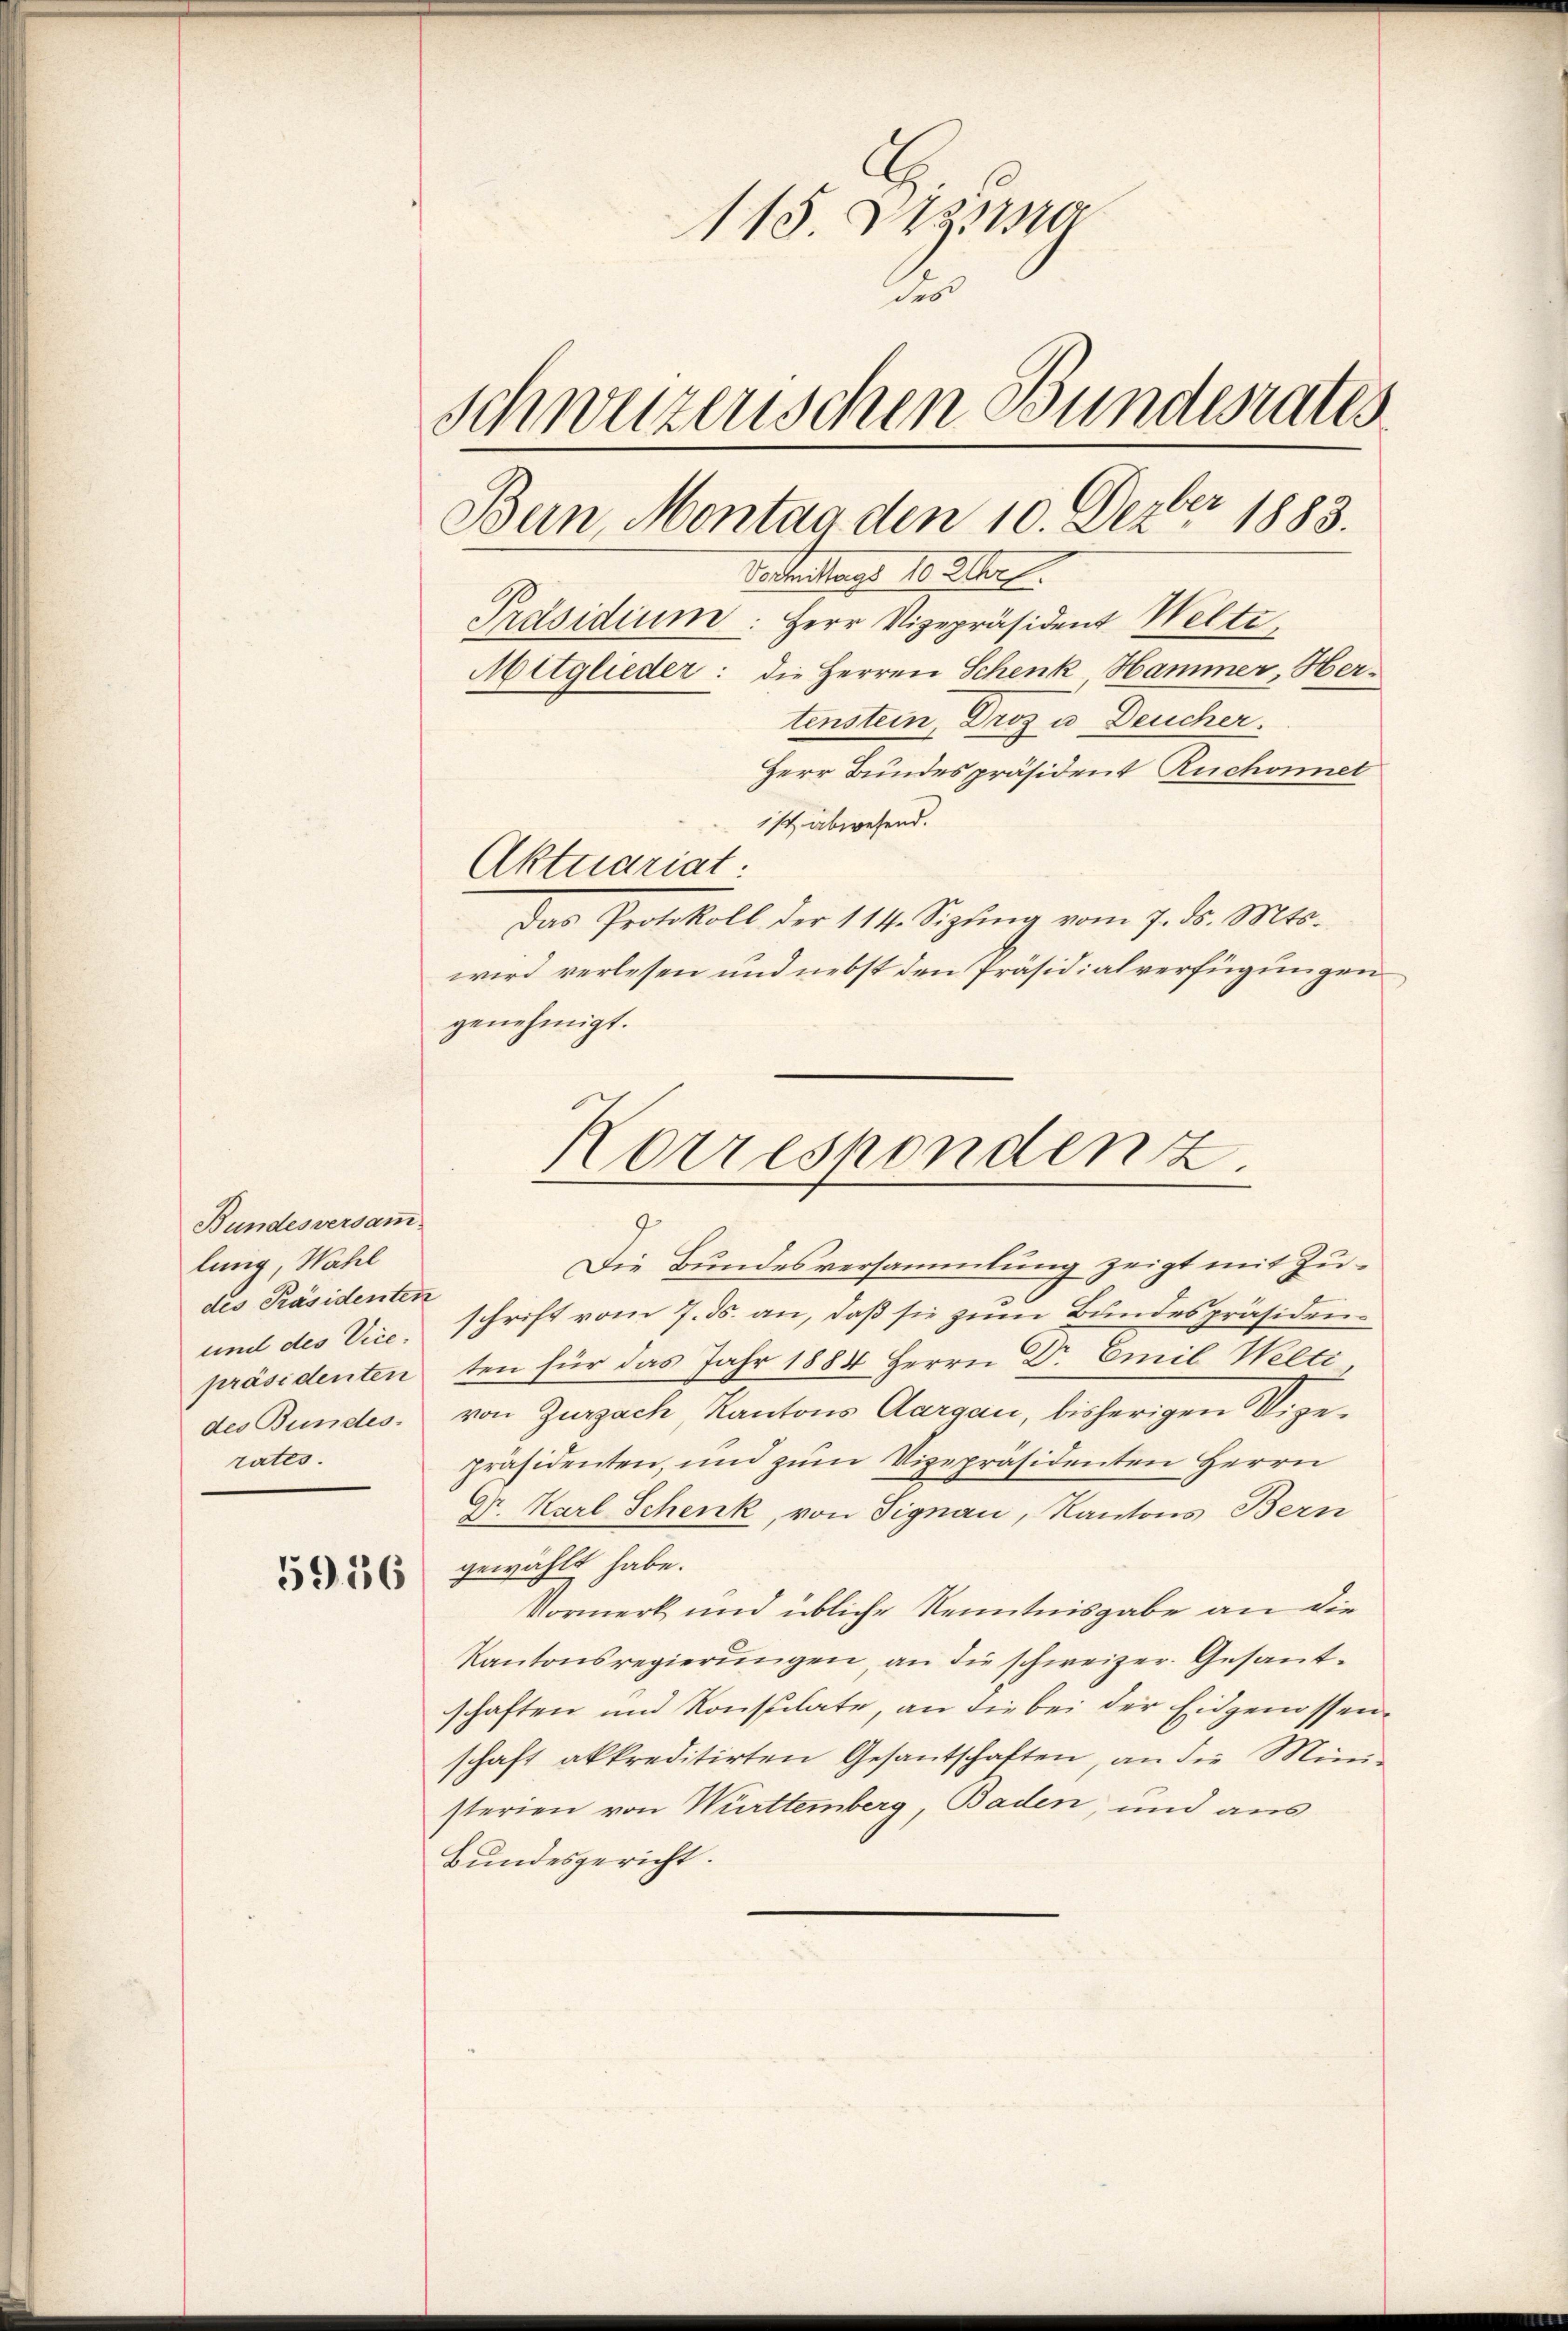
Bundesversam
lung, Wahl
des Präsidenten
und des Vice-
präsidenten
des Bundes.
rates.

5956

115. Dara
des
Schweizerischen Bundesrates
Bun, Montag den 10. Dezbr 1883.
Vertreitags 10. 21.
Präsidium: Herr Vizepräsident Welti,
Mitglieder: die Herren Schenk Hammer, Hertenstein Droz u. Deucher,
Herr Bundespräsident Ruchonnet
ist abwesend.

Aktuariat:
Das Protokoll der 114. Sizŭng vom 7. ds. Mts.
wird verlesen und nebst den Präsidialverfügungen
genehmigt.

Korrespondenz.
¬
7
Die Bundesversammlung zeigt mit Zu¬

schrift vom 7. ds. an, daß sie zum Bundespräsidenten für das Jahr 1884 Herrn Dr Emil Welti
von Zurzach Kantons Aargau, bisherigen Wigepräsidenten, und zum Vizepräsidenten Herrn
Dr. Karl Schenk, von Signau, Kantons Bern
gewählt habe.
Vormerk und übliche Kenntnisgabe an die
Kantonsregierŭngen, an die schweizer. Gesant-
schaften und Konsulate, an die bei der Eidgenossen.
schaft akkreditirten Gesantschaften, an die Mini-
sterien von Württemberg, Baden, und aus
Bundesgericht.